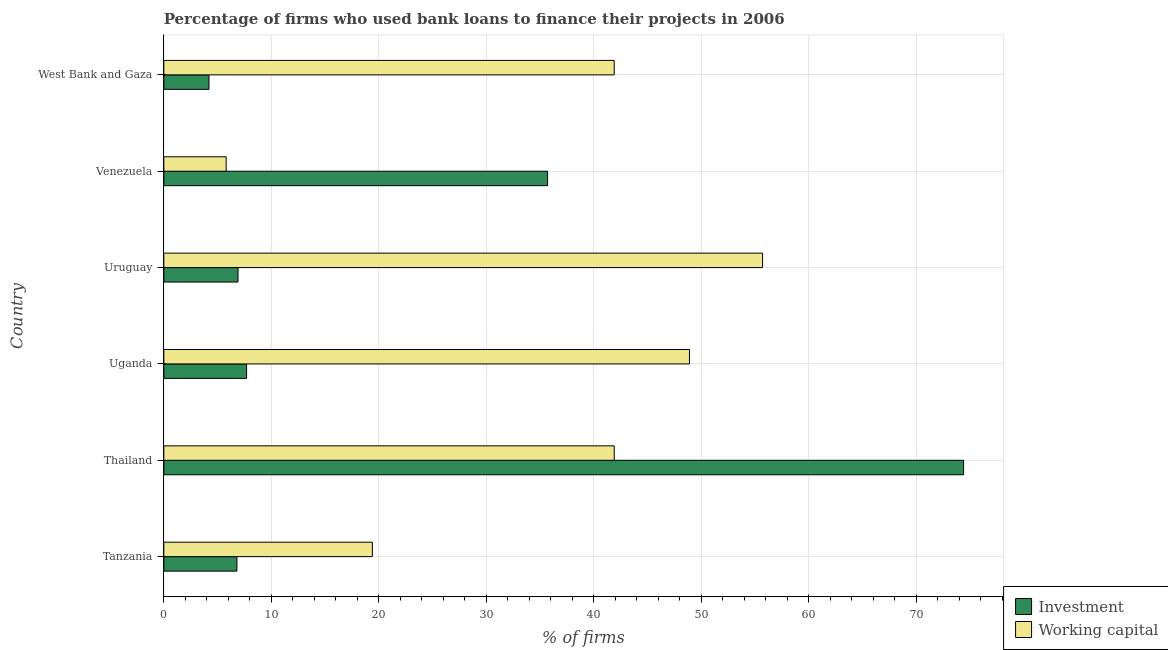
| Country | Investment | Working capital |
 | --- | --- | --- |
 | Tanzania | 6.8 | 19.4 |
 | Thailand | 74.4 | 41.9 |
 | Uganda | 7.7 | 48.9 |
 | Uruguay | 6.9 | 55.7 |
 | Venezuela | 35.7 | 5.8 |
 | West Bank and Gaza | 4.2 | 41.9 |